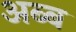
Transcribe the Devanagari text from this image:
अब्ब